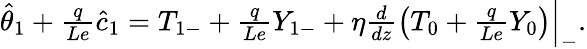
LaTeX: \begin{array}{r}{\hat{\theta}_{1}+\frac{q}{Le}\hat{c}_{1}={T}_{1-}+\frac{q}{Le}{Y}_{1-}+\eta\frac{d}{dz}\left({T}_{0}+\frac{q}{Le}{Y}_{0}\right)\Big|_{-}.}\end{array}